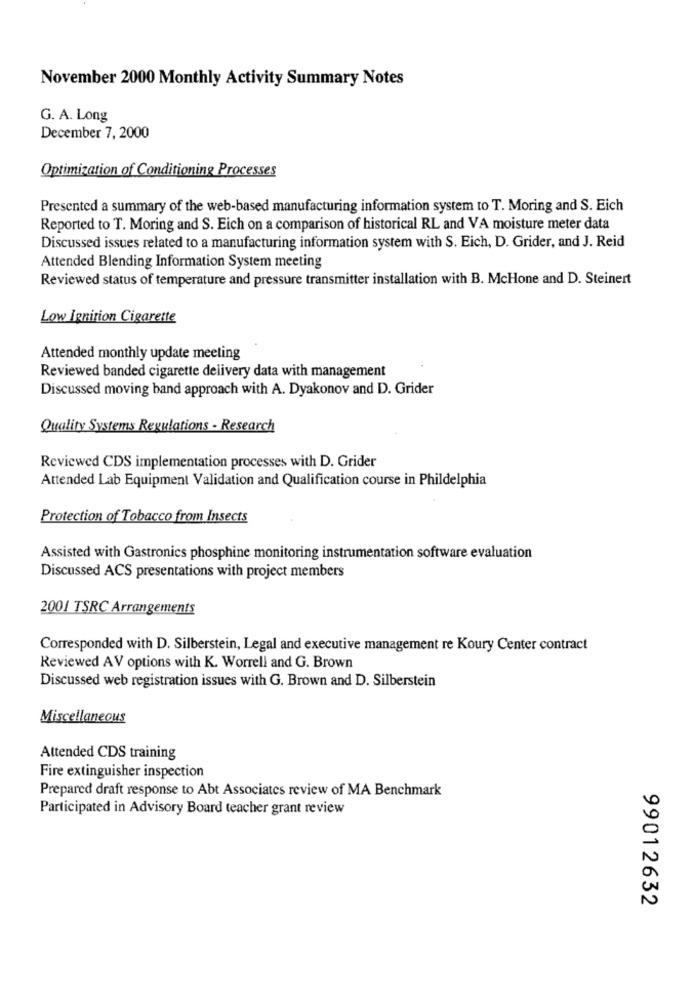
November 2000 Monthly Activity Summary Notes
G. A. Long
December 7, 2000
Optimization of Conditioning Processes
Presented a summary of the web-based manufacturing information system to T. Moring and S. Eich
Reported to T. Moring and S. Eich on a comparison of historical RL and VA moisture meter data
Discussed issues related to a manufacturing information system with S. Eich, D. Grider, and J. Reid
Attended Blending Information System meeting
Reviewed status of temperature and pressure transmitter installation with B. McHone and D. Steinert
Low Ignition Cigarette
Attended monthly update meeting
Reviewed banded cigarette delivery data with management
Discussed moving band approach with A. Dyakonov and D. Grider
Quality Systems Regulations - Research
Reviewed CDS implementation processes with D. Grider
Attended Lab Equipment Validation and Qualification course in Phildelphia
Protection of Tobacco from Insects
Assisted with Gastronics phosphine monitoring instrumentation software evaluation
Discussed ACS presentations with project members
2001 TSRC Arrangements
Corresponded with D. Silberstein, Legal and executive management re Koury Center contract
Reviewed AV options with K. Worrell and G. Brown
Discussed web registration issues with G. Brown and D. Silberstein
Miscellaneous
Attended CDS training
Fire extinguisher inspection
Prepared draft response to Abt Associates review of MA Benchmark
Participated in Advisory Board teacher grant review
99012632